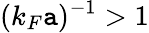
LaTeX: (k_{F}\mathtt{a})^{-1}>1